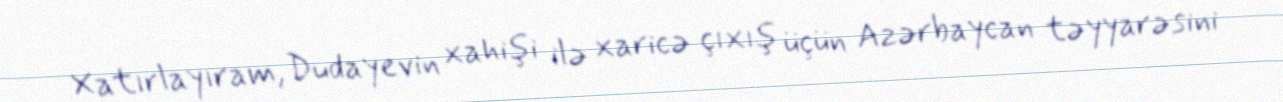
Xatırlayıram, Dudayevin xahişi ilə xaricə çıxış üçün Azərbaycan təyyarəsini